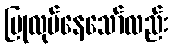
ပြုလုပ်နေသော်လည်း